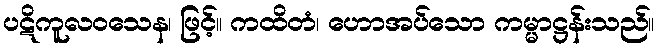
ပဋိကူလဝသေန၊ ဖြင့်။ ကထိတံ၊ ဟောအပ်သော ကမ္မာဋ္ဌန်းသည်။